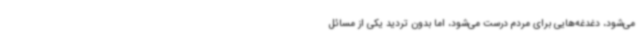
می‌شود، دغدغه‌هایی برای مردم درست می‌شود، اما بدون تردید یکی از مسائل